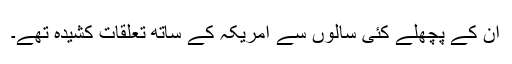
ان کے پچھلے کئی سالوں سے امریکہ کے ساتھ تعلقات کشیدہ تھے۔